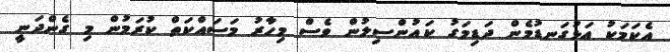
އެކަމަކު އަޅުގަނޑުމެން ދަޑިމަގު ކައުންސިލުން ވެސް މިހާރު މަސައްކަތް ކުރަމުން މި ގެންދަނީ